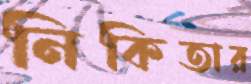
নিকিতার